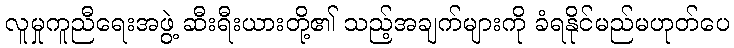
လူမှုကူညီရေးအဖွဲ့ ဆီးရီးယားတို့၏ သည့်အချက်များကို ခံရနိုင်မည်မဟုတ်ပေ